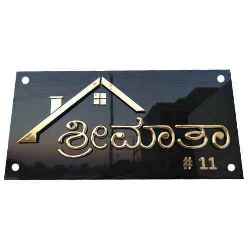
Language: kannada
Transcription: ಶ್ರೀಮಾತಾ